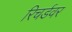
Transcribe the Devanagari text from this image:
रिचर्डवर